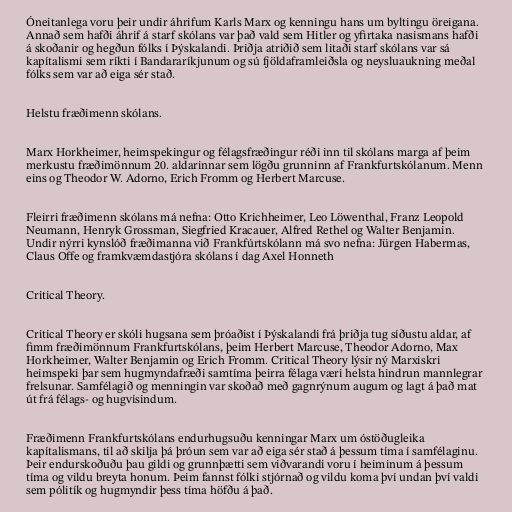
Óneitanlega voru þeir undir áhrifum Karls Marx og kenningu hans um byltingu öreigana.
Annað sem hafði áhrif á starf skólans var það vald sem Hitler og yfirtaka nasismans hafði
á skoðanir og hegðun fólks í Þýskalandi. Þriðja atriðið sem litaði starf skólans var sá
kapítalismi sem ríkti í Bandararíkjunum og sú fjöldaframleiðsla og neysluaukning meðal
fólks sem var að eiga sér stað.

Helstu fræðimenn skólans.

Marx Horkheimer, heimspekingur og félagsfræðingur réði inn til skólans marga af þeim
merkustu fræðimönnum 20. aldarinnar sem lögðu grunninn af Frankfurtskólanum. Menn
eins og Theodor W. Adorno, Erich Fromm og Herbert Marcuse.

Fleirri fræðimenn skólans má nefna: Otto Krichheimer, Leo Löwenthal, Franz Leopold
Neumann, Henryk Grossman, Siegfried Kracauer, Alfred Rethel og Walter Benjamin.
Undir nýrri kynslóð fræðimanna við Frankfúrtskólann má svo nefna: Jürgen Habermas,
Claus Offe og framkvæmdastjóra skólans í dag Axel Honneth

Critical Theory.

Critical Theory er skóli hugsana sem þróaðist í Þýskalandi frá þriðja tug síðustu aldar, af
fimm fræðimönnum Frankfurtskólans, þeim Herbert Marcuse, Theodor Adorno, Max
Horkheimer, Walter Benjamin og Erich Fromm. Critical Theory lýsir ný Marxiskri
heimspeki þar sem hugmyndafræði samtíma þeirra félaga væri helsta hindrun mannlegrar
frelsunar. Samfélagið og menningin var skoðað með gagnrýnum augum og lagt á það mat
út frá félags- og hugvísindum.

Fræðimenn Frankfurtskólans endurhugsuðu kenningar Marx um óstöðugleika
kapítalismans, til að skilja þá þróun sem var að eiga sér stað á þessum tíma í samfélaginu.
Þeir endurskoðuðu þau gildi og grunnþætti sem viðvarandi voru í heiminum á þessum
tíma og vildu breyta honum. Þeim fannst fólki stjórnað og vildu koma því undan því valdi
sem pólitík og hugmyndir þess tíma höfðu á það.